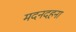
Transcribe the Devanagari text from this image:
मदनदहना